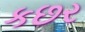
કછર